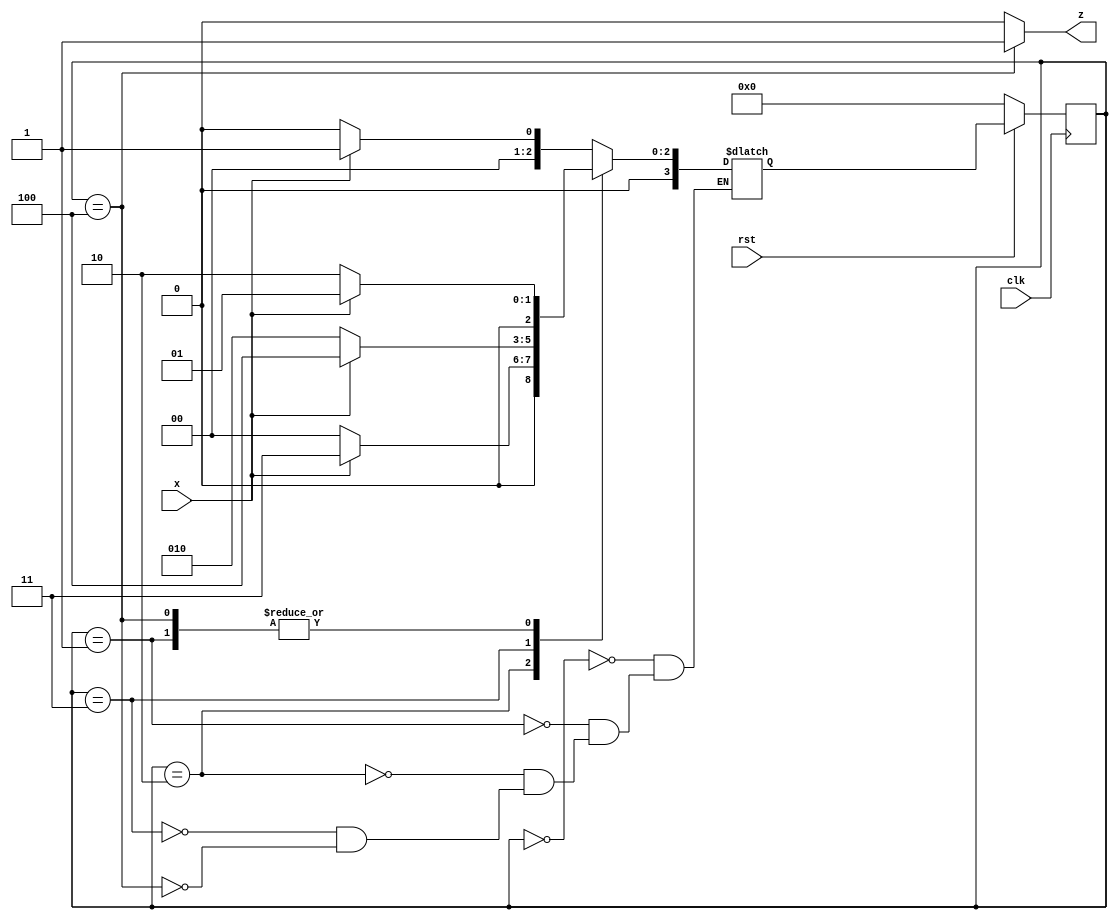
`timescale 1ns / 1ps
//////////////////////////////////////////////////////////////////////////////////
// Company: 
// Engineer: 
// 
// Design Name: 
// Module Name: Moore_Fsm
// Project Name: 
// Target Devices: 
// Tool Versions: 
// Description: 
// 
// Dependencies: 
// 
// Revision:
// Revision 0.01 - File Created
// Additional Comments:
// 
//////////////////////////////////////////////////////////////////////////////////


module Moore_Fsm(
    input clk,
    input rst,
    input x,
    output z
    );
    parameter s0=3'b000;
    parameter s1=3'b001;
    parameter s2=3'b010;
    parameter s3=3'b011;
    parameter s4=3'b100;
    
     reg [3:0]pst_state,nst_state;
     always@(posedge clk)
     begin
     if(!rst)
     pst_state<=s0;
     else
     pst_state<=nst_state;
     end
     always@(pst_state or x)
     begin
     case(pst_state)
     s0:begin
     if(x==0)
     nst_state=s0;
     else
     nst_state=s1;
     end
     s1:begin
     if(x==0)
     nst_state=s2;
     else
     nst_state=s1;
     end
     s2:begin
     if(x==0)
     nst_state=s0;
     else
     nst_state=s3;
     end
     s3:begin
     if(x==0)
     nst_state=s2;
     else
     nst_state=s4;
     end
     s4:begin
     if(x==0)
     nst_state=s2;
     else
     nst_state=s1;
     end
     endcase
     end
     assign z=(pst_state ==s4)?1:0;
endmodule